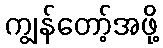
ကျွန်တော့်အဖို့